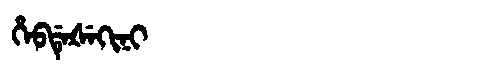
Manchu: ᡥᡝᠪᡩᡝᡧᡝᡴᡳᠨᡳ
Romanization: HEBDEŠEKINI